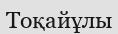
Тоқайұлы